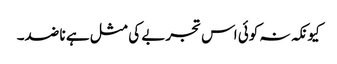
کیونکہ نہ کوئی اس تجربے کی مثل ہے نا ضد۔